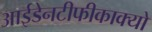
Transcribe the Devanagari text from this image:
आईडेनटीफीकाक्यो